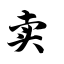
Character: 卖